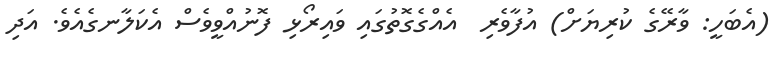
(އެބަހީ: ވާރޭގެ ކުރިޔަށް) އުފާވެރި  އެއްގެގޮތުގައި ވައިރޯޅި ފޮނުއްވީވެސް އެކަލާނގެއެވެ. އަދި